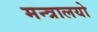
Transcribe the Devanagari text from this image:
मन्त्रालयो